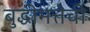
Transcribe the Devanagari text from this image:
बुद्धीमत्तेची